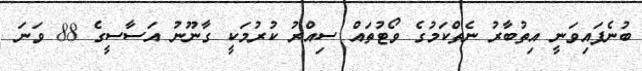
ބުނެފައިވަނީ އިތުބާރު ނެތްކަމުގެ ވޯޓުތައް ސިއްރު ކުރުމަކީ ގާނޫނު އަސާސީގެ 88 ވަނަ